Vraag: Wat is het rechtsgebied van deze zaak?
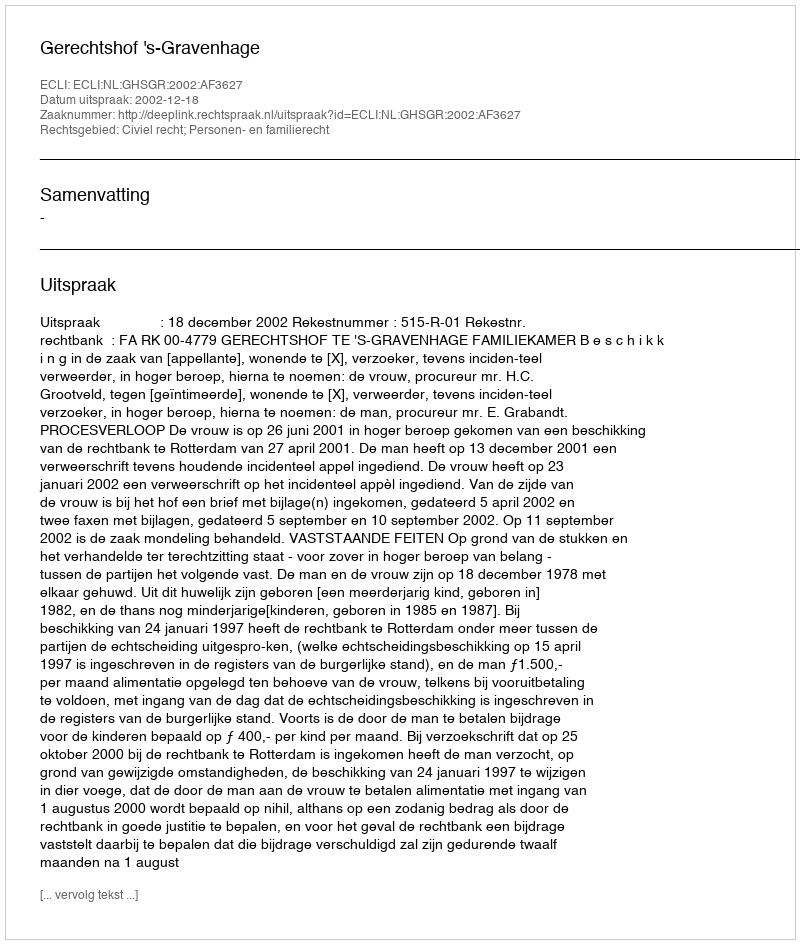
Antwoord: Civiel recht; Personen- en familierecht